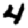
Digit: 4